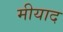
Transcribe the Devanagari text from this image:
मीयाद